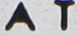
AI